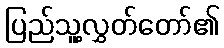
ပြည်သူ့လွှတ်တော်၏